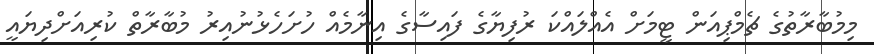
މިމުބާރާތުގެ ޗެމްޕިއަން ޓީމަށް އެއްލައްކަ ރުފިޔާގެ ފައިސާގެ އިނާމެއް ހުށަހެޅުނުއިރު މުބާރާތް ކުރިއަށްދިޔައީ